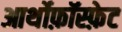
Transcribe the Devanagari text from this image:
आर्थोफ़ॉस्फ़ेट